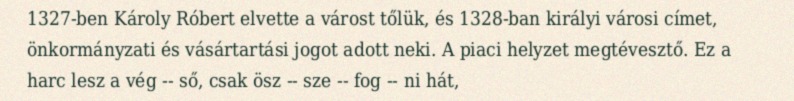
1327-ben Károly Róbert elvette a várost tőlük, és 1328-ban királyi városi címet, önkormányzati és vásártartási jogot adott neki. A piaci helyzet megtévesztő. Ez a harc lesz a vég -- ső, csak ösz -- sze -- fog -- ni hát,